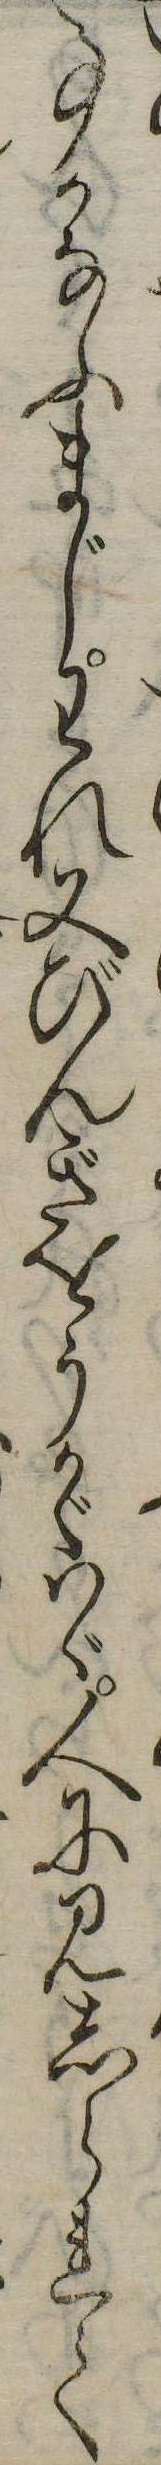
事かなふまじわれ又びんぎをうかゞはゞ人に見しられて